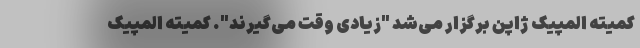
کمیته المپیک ژاپن برگزار می‌شد "زیادی وقت می‌گیرند". کمیته المپیک